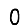
Digit: 0